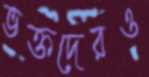
ভক্তদেরও